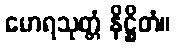
မောရသုတ္တံ နိဋ္ဌိတံ။